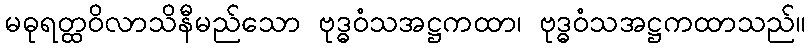
မဓုရတ္ထဝိလာသိနီမည်သော ဗုဒ္ဓဝံသအဋ္ဌကထာ၊ ဗုဒ္ဓဝံသအဋ္ဌကထာသည်။